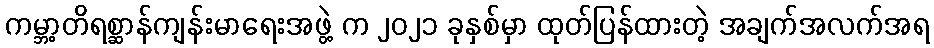
ကမ္ဘာ့တိရစ္ဆာန်ကျန်းမာရေးအဖွဲ့ က ၂၀၂၁ ခုနှစ်မှာ ထုတ်ပြန်ထားတဲ့ အချက်အလက်အရ